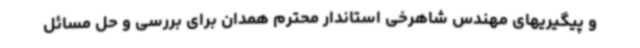
و پیگیریهای مهندس شاهرخی استاندار محترم همدان برای بررسی و حل مسائل